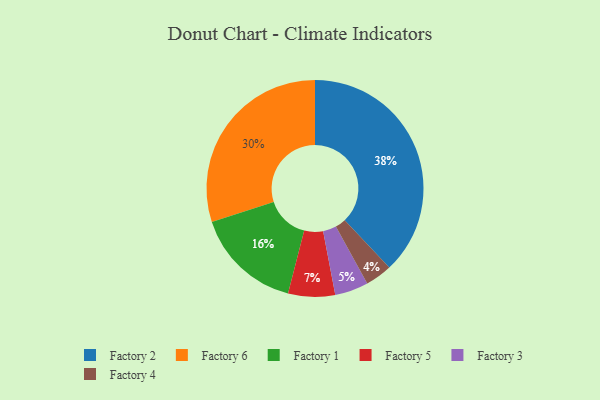
{"axis": {"x": "Category", "y": "Percentage"}, "legend": ["Factory 1", "Factory 2", "Factory 3", "Factory 4", "Factory 5", "Factory 6"], "data": [{"x": "Factory 3", "y": 5, "type": "Factory 3"}, {"x": "Factory 5", "y": 7, "type": "Factory 5"}, {"x": "Factory 6", "y": 30, "type": "Factory 6"}, {"x": "Factory 2", "y": 38, "type": "Factory 2"}, {"x": "Factory 4", "y": 4, "type": "Factory 4"}, {"x": "Factory 1", "y": 16, "type": "Factory 1"}]}